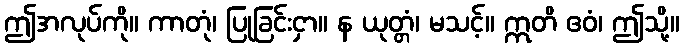
ဤအလုပ်ကို။ ကာတုံ၊ ပြုခြင်းငှာ။ န ယုတ္တံ၊ မသင့်။ ဣတိ ဧဝံ၊ ဤသို့။